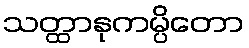
သတ္ထာနုကမ္ပိတော